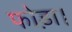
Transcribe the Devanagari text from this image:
फोड़ा।